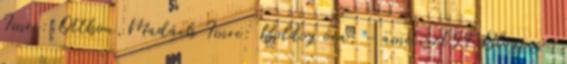
Imre: Otthon,Madách Imre: Boldog óra, - ametiszt54 Blogja -